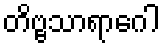
တိဗ္ဗသာရာဂေါ